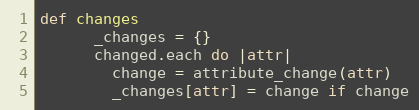
Language: Ruby
def changes
      _changes = {}
      changed.each do |attr|
        change = attribute_change(attr)
        _changes[attr] = change if change